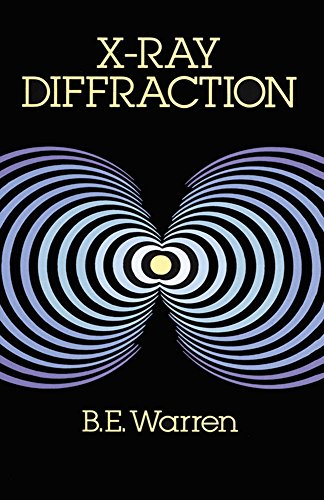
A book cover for X-Ray Diffraction (Dover Books on Physics); B. E. Warren; Science & Math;